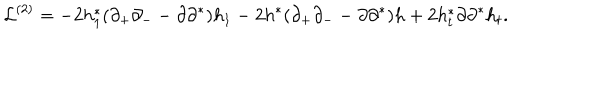
LaTeX: { \cal L } ^ { ( 2 ) } = - 2 h _ { 1 } ^ { * } ( \partial _ { + } \partial _ { - } - \partial \partial ^ { * } ) h _ { 1 } - 2 h ^ { * } ( \partial _ { + } \partial _ { - } - \partial \partial ^ { * } ) h + 2 h _ { t } ^ { * } \partial \partial ^ { * } h _ { t } .